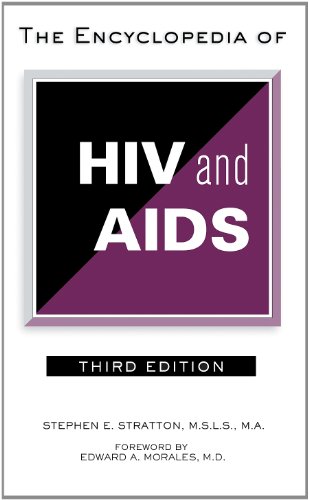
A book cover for The Encyclopedia of HIV and AIDS (Facts on File Library of Health & Living); Stephen E. Stratton; Health, Fitness & Dieting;